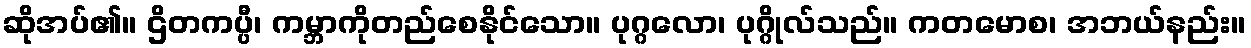
ဆိုအပ်၏။ ဌိတကပ္ပီ၊ ကမ္ဘာကိုတည်စေနိုင်သော။ ပုဂ္ဂလော၊ ပုဂ္ဂိုလ်သည်။ ကတမောစ၊ အဘယ်နည်း။